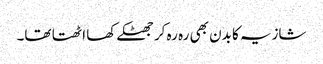
شازیہ کا بدن بھی رہ رہ کر جھٹکے کھا اٹھتا تھا۔